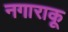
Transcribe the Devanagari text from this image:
नगाराकू